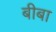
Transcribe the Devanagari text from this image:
बीबा